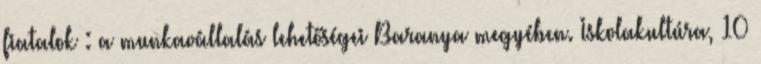
fiatalok : a munkavállalás lehetőségei Baranya megyében. Iskolakultúra, 10